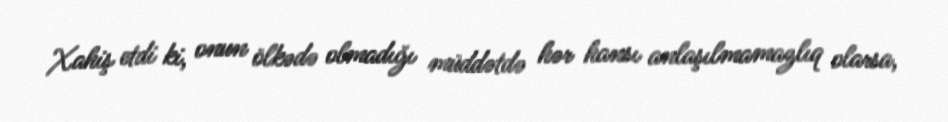
Xahiş etdi ki, onun ölkədə olmadığı müddətdə hər hansı anlaşılmamazlıq olarsa,